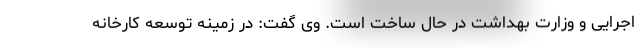
اجرایی و وزارت بهداشت در حال ساخت است. وی گفت: در زمینه توسعه کارخانه